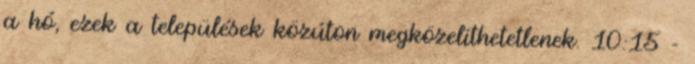
a hó, ezek a települések közúton megközelíthetetlenek. 10:15 -